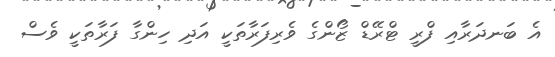
އެ ބަނދަރާއި ފްރީ ޓްރޭޑް ޒޯންގެ ވެރިފަރާތަކީ އަދި ހިންގާ ފަރާތަކީ ވެސް